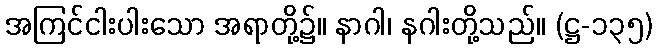
အကြင်ငါးပါးသော အရာတို့၌။ နာဂါ၊ နဂါးတို့သည်။ (ဋ္ဌ-၁၃၅)